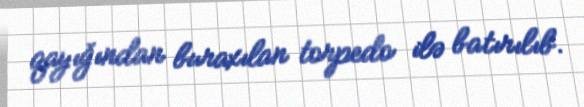
qayığından buraxılan torpedo ilə batırılıb.